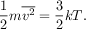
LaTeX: { \frac { 1 } { 2 } } m { \overline { { v ^ { 2 } } } } = { \frac { 3 } { 2 } } k T .